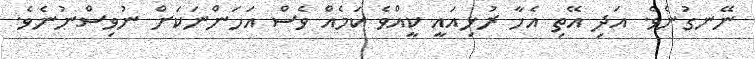
ނޭނގުނެވެ. އަދި އޭތި އެހާ ރުޅިއައީ ކީއްވެ ކަމެއް ވެސް އަހަންނަކަށް ނުވިސްނުނެވެ.